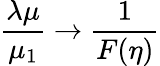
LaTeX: {\frac{\lambda\mu}{\mu_{1}}}\rightarrow{\frac{1}{F(\eta)}}